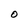
Character: O